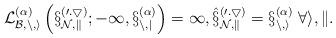
LaTeX: \begin{align*}\cal{L}_{B,n,i}^{(\alpha )}\left( {x_{N,k}^{(0.5)}; - 1,x_{n,j}^{(\alpha )}} \right) = 1,{}\hat x_{N,k}^{(0.5)} = x_{n,i}^{(\alpha )}\;\forall i,k.\end{align*}